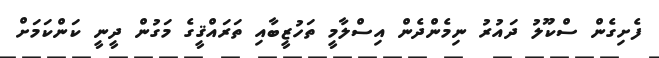
ފެށިގެން ސްކޫލު ދައުރު ނިމެންދެން އިސްލާމީ ތަހުޒީބާއި ތަރައްޤީގެ މަގުން ދީނީ ކަންކަމަށް